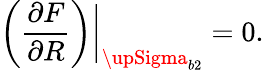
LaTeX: \left(\frac{\partial F}{\partial R}\right)\bigg|_{{\upSigma}_{b2}}=0.